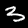
Digit: 3